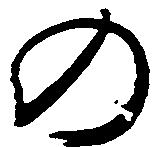
の